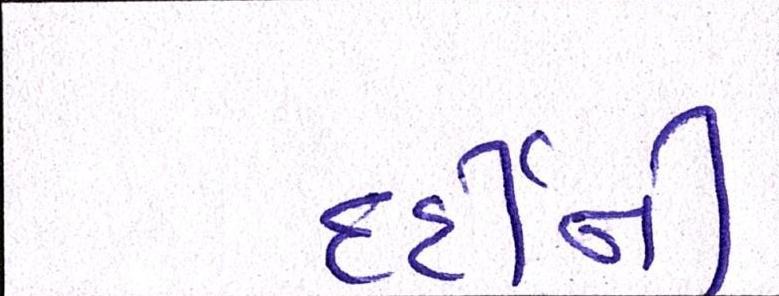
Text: દર્દીની